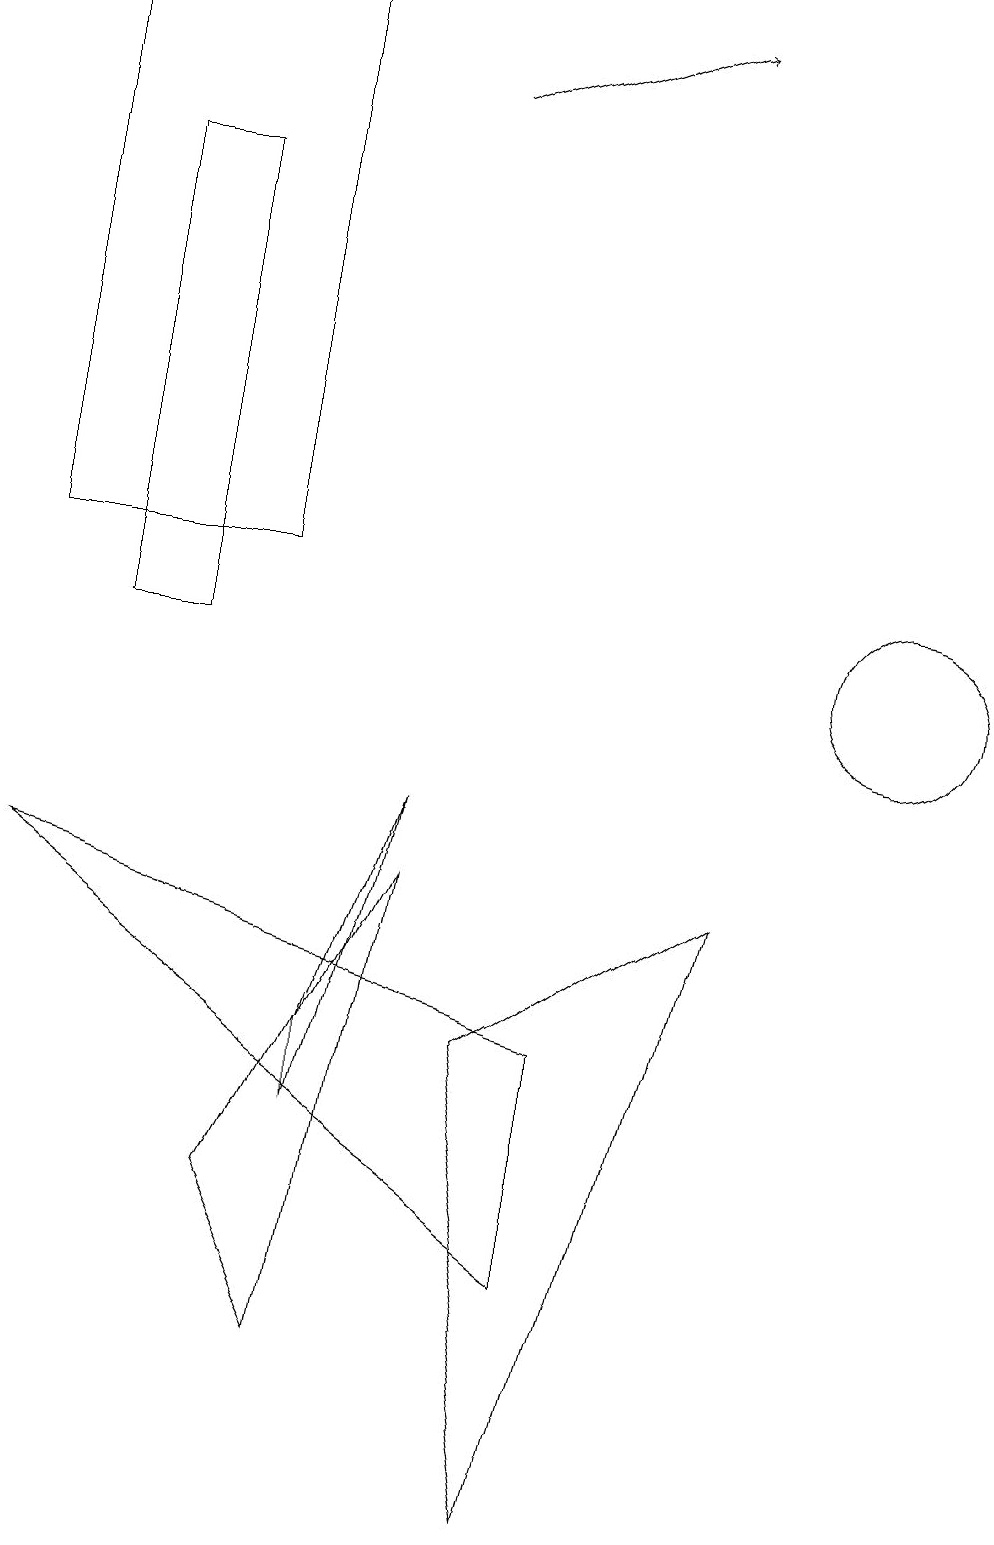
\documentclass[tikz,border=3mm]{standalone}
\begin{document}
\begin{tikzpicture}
\draw (3,19) rectangle (0,12);
\draw (11,11) circle (1);
\draw (4,2) -- (5,8) -- (3,4) -- cycle;
\draw (9,8) -- (6,6) -- (7,0) -- cycle;
\draw (7,6) -- (7,3) -- (0,8) -- cycle;
\draw (4,6) -- (5,9) -- (4,5) -- cycle;
\draw (2,17) rectangle (1,11);
\draw[->] (5,18) -- (8,19);
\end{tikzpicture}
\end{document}